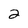
Character: 2